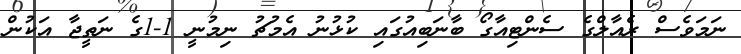
ނަމަވެސް ރެއާލްގެ ސެންޓިއާގޯ ބާނަބިއުގައި ކުޅުނު އެމުޗު ނިމުނީ 1-1ގެ ނަތީޖާ އަކުން